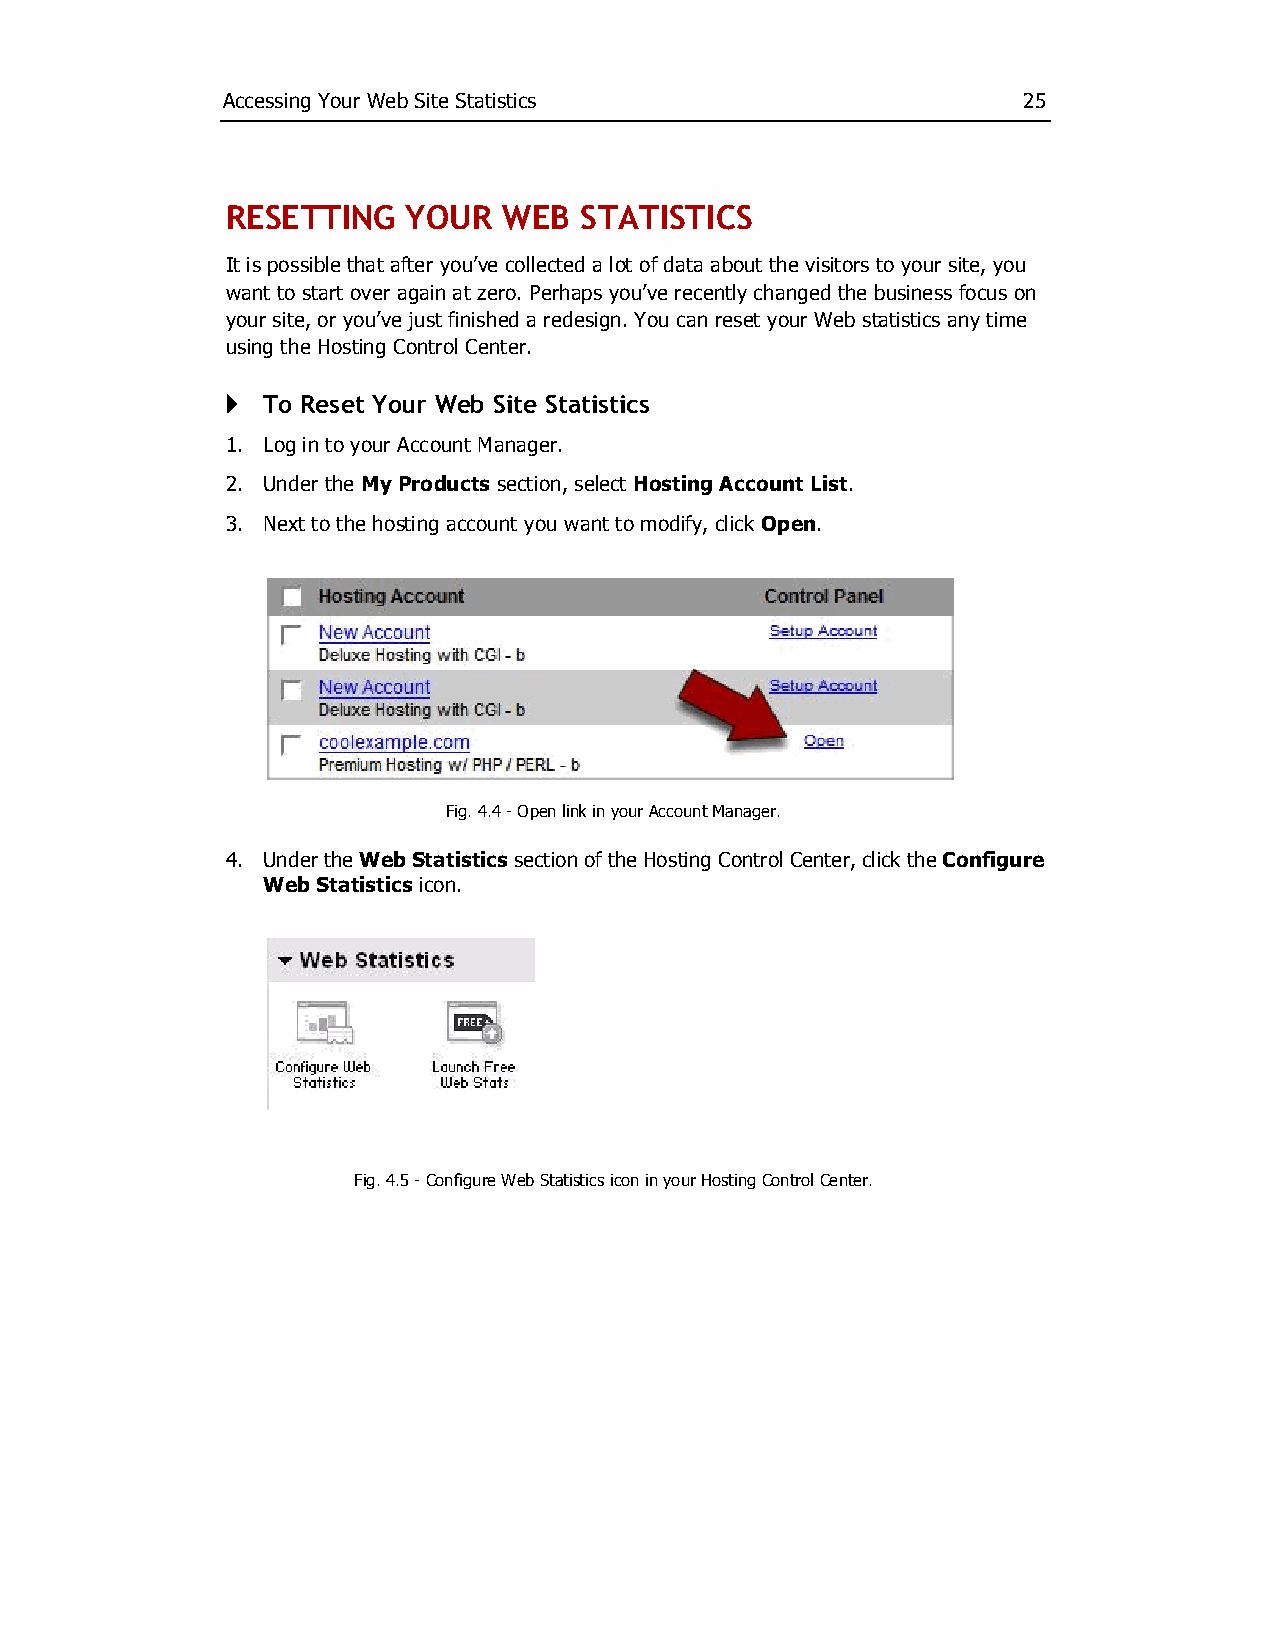
Accessing Your Web Site Statistics                   25
 RESETTING   YOUR  WEB  STATISTICS
 It is possible that after you’ve collected a lot of data about the visitors to your site, you
 want to start over again at zero. Perhaps you’ve recently changed the business focus on
 your site, or you’ve just finished a redesign. You can reset your Web statistics any time
 using the Hosting Control Center.
 } To Reset Your Web Site Statistics
 1. Log in to your Account Manager.
 2. Under the My Products section, select Hosting Account List.
 3. Next to the hosting account you want to modify, click Open.
 Fig. 4.4 ­ Open link in your Account Manager.
 4. Under the Web Statistics section of the Hosting Control Center, click the Configure
 Web Statistics icon.
 Fig. 4.5 ­ Configure Web Statistics icon in your Hosting Control Center.